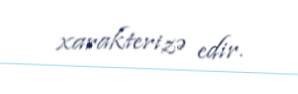
xarakterizə edir.